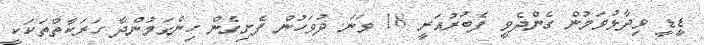
ޑީޑީ ވިދާޅުވަމުން ގެންދެވީ ފެބުރުއަރީ 18 ވަނަ ދުވަހުން ފެށިގެން ހިންގަމުންދާ ހަރަކާތްތަކަކީ